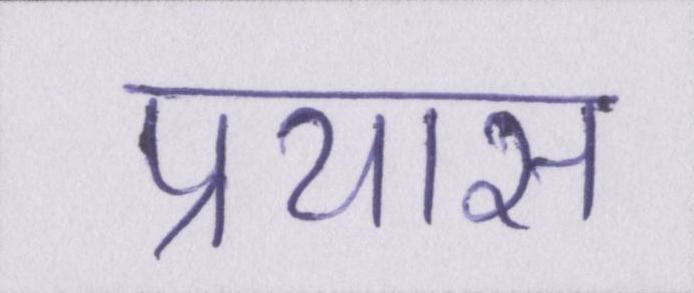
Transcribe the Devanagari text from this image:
प्रयास